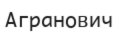
Агранович